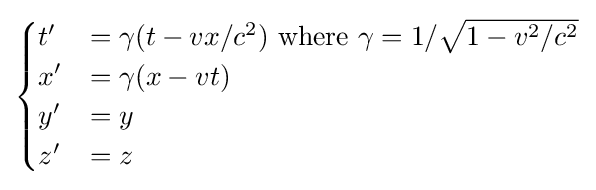
{\begin{cases}t'&=\gamma (t-vx/c^{2}){\text{ where }}\gamma =1/{\sqrt {1-v^{2}/c^{2}}}\\x'&=\gamma (x-vt)\\y'&=y\\z'&=z\end{cases}}